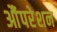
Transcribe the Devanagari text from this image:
औंपरेशन